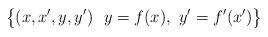
LaTeX: \begin{align*}\big\{(x,x^\prime, y, y^\prime) \ \ y = f(x), \ y^\prime = f^\prime(x^\prime)\big\}\end{align*}